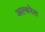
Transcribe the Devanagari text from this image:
अल्बनेल